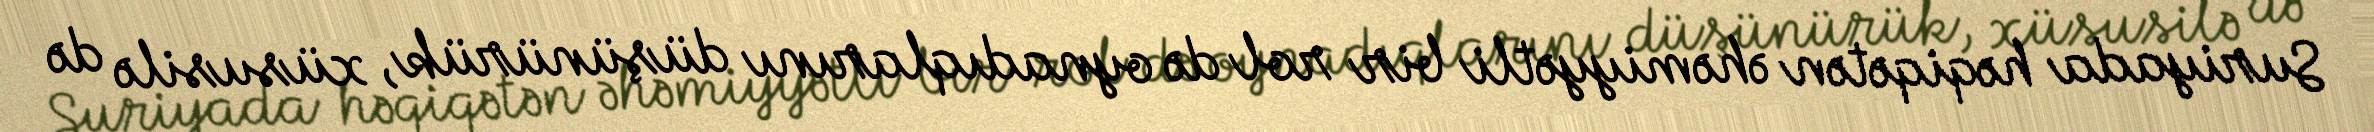
Suriyada həqiqətən əhəmiyyətli bir rol də oynadıqlarını düşünürük, xüsusilə də